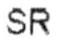
SR